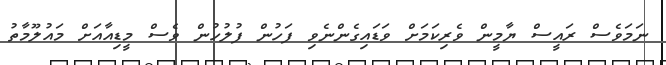
ނަމަވެސް ރައީސް ޔާމީން ވެރިކަމަށް ވަޑައިގެންނެވި ފަހުން ފުލުހުން ވެސް މީޑިއާއަށް މައުލޫމާތު